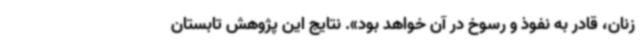
زنان، قادر به نفوذ و رسوخ در آن خواهد بود». نتایج این پژوهش تابستان